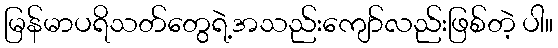
မြန်မာပရိသတ်တွေရဲ့အသည်းကျော်လည်းဖြစ်တဲ့ ပါ။